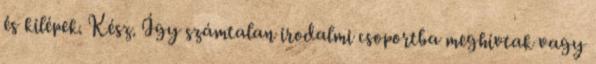
és kilépek. Kész. Így számtalan irodalmi csoportba meghívtak vagy